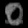
Digit: ၀